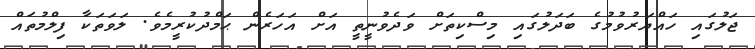
ޖަލުގައި ހައްޔަރުވުމުގެ ބަދަލުގައި މިސްކިތަށް ވަދެވުނީތީ އަށް އަހަރެން ޙަމްދުކުރީމެވެ. ލަވަތަކާ ފިލްމުތައް